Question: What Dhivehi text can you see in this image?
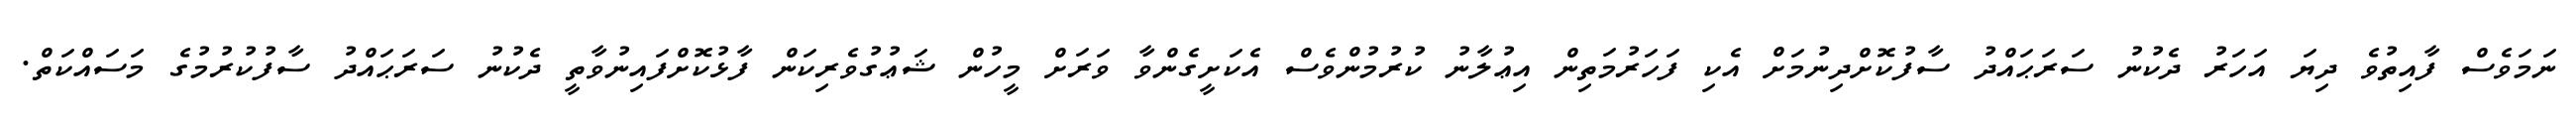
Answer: ނަމަވެސް ފާއިތުވެ ދިޔަ އަހަރު ދެކުނު ސަރަޙައްދު ސާފުކޮށްދިނުމަށް އެކި ފަހަރުމަތިން އިޢުލާނު ކުރުމުންވެސް އެކަށީގެންވާ ވަރަށް މީހުން ޝަޢުގުވެރިކަން ފާޅުކޮށްފައިނުވާތީ ދެކުނު ސަރަޙައްދު ސާފުކުރުމުގެ މަސައްކަތް.